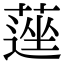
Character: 𦹇